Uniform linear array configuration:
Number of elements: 12
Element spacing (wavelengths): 1
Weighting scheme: hamming
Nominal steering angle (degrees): -60
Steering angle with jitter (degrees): -59.972
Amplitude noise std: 0.05
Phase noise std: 0.05

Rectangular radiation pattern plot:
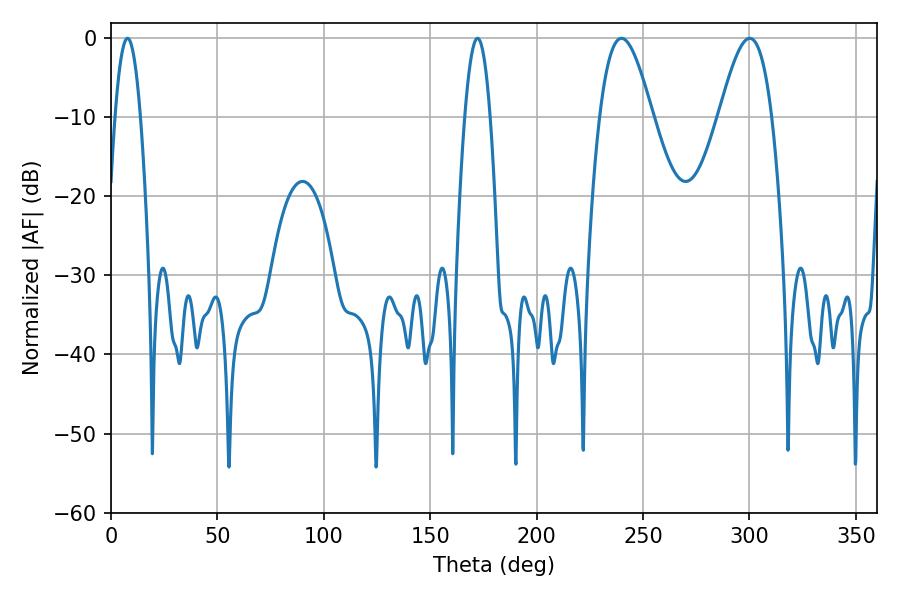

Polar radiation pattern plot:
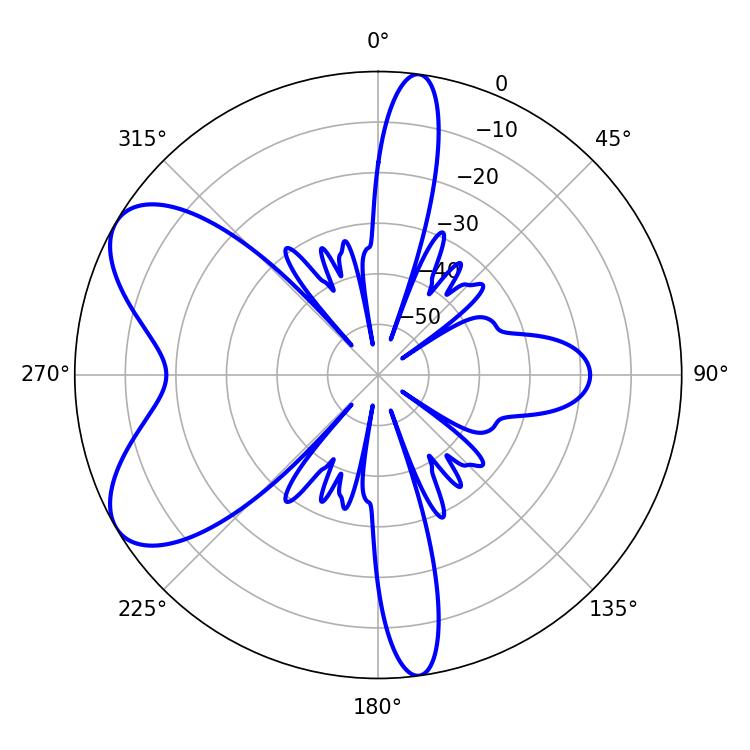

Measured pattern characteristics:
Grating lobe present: TRUE
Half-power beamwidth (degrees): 6.48
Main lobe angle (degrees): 7.74